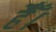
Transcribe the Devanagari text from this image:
हैैँँ।